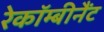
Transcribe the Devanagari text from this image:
रेकॉम्बीनैंट